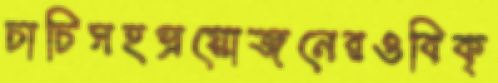
চাচিসহপ্রয়োজনেরওবিক্